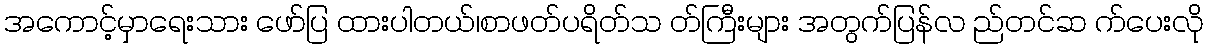
အကောင့်မှာရေးသား ဖော်ပြ ထားပါတယ်၊စာဖတ်ပရိတ်သ တ်ကြီးများ အတွက်ပြန်လ ည်တင်ဆ က်ပေးလို